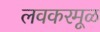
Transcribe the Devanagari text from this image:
लवकरमूळ